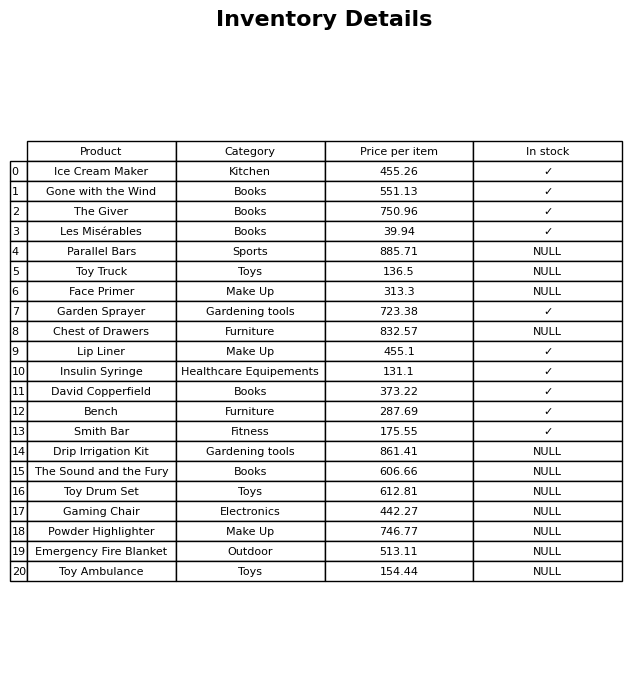
question: What is the price for Garden Sprayer?
answer: The price of Garden Sprayer is 723.38.